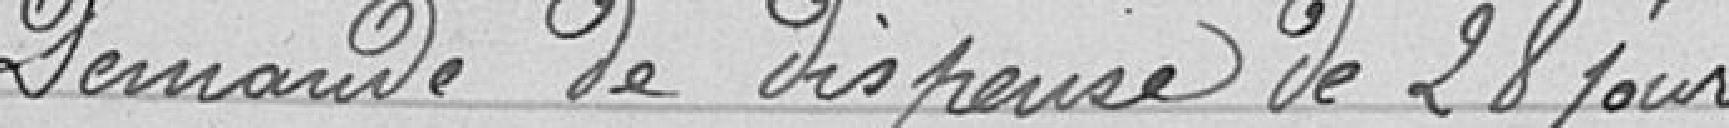
Demande de dispense de 28 jours